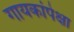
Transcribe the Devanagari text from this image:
गायकांपेक्षा